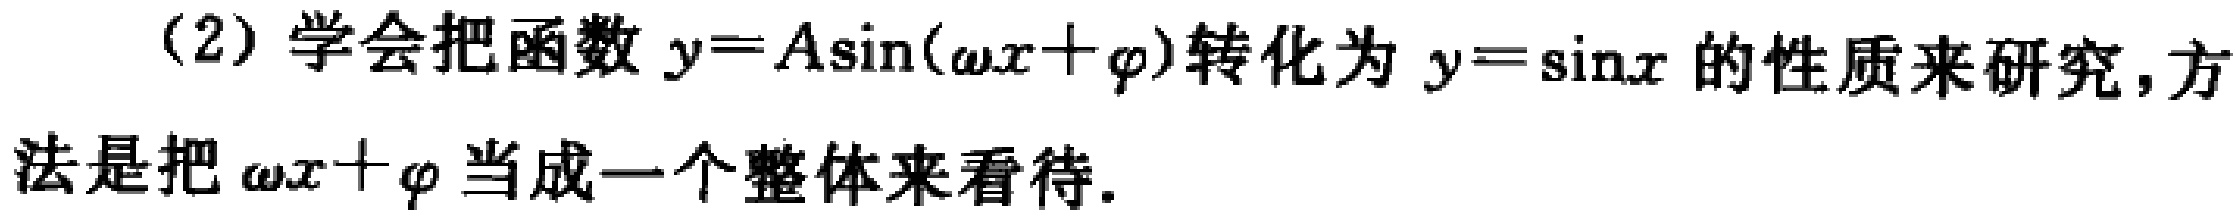
(2) 学会把函数 \(y = A\sin(\omega x+\varphi)\) 转化为 \(y = \sin x\) 的性质来研究, 方法是把 \(\omega x+\varphi\) 当成一个整体来看待.